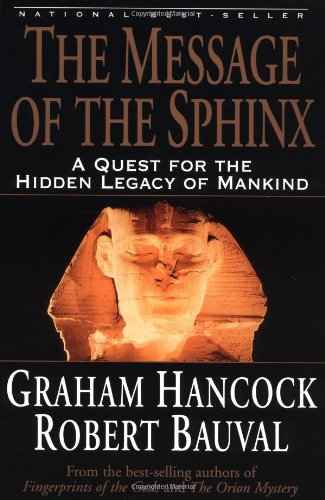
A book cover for The Message of the Sphinx: A Quest for the Hidden Legacy of Mankind; Graham Hancock; History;